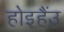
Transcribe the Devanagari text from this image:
होइहैंउ